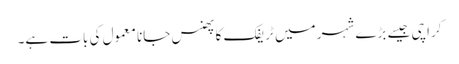
کراچی جیسے بڑے شہر میں ٹریفک کا پھنس جانا معمول کی بات ہے۔